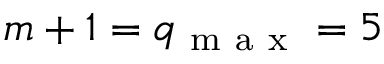
m + 1 = q _ { \mathrm { ~ m ~ a ~ x ~ } } = 5